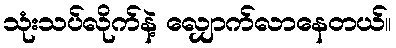
သုံးသပ်လိုက်နဲ့ လျှောက်လာနေတယ်။